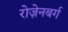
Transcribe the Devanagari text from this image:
रोज़ेनबर्ग